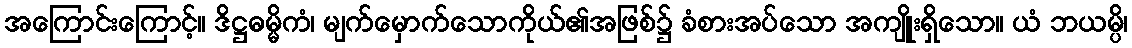
အကြောင်းကြောင့်။ ဒိဋ္ဌဓမ္မိကံ၊ မျက်မှောက်သောကိုယ်၏အဖြစ်၌ ခံစားအပ်သော အကျိူးရှိသော။ ယံ ဘယမ္ပိ၊